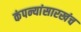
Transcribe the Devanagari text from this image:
कंपन्यांसारखंच